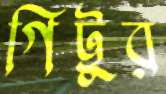
গিট্টুর